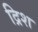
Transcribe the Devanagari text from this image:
द्रिश